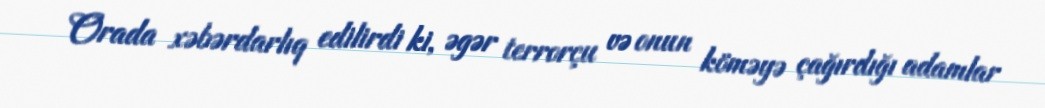
Orada xəbərdarlıq edilirdi ki, əgər terrorçu və onun köməyə çağırdığı adamlar